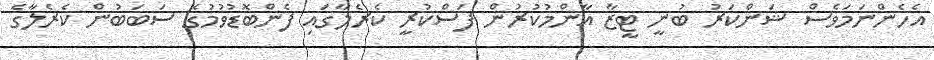
އެހެންނަމަވެސް ޝަންކަރު ބުނީ ޓީޒާ އާންމުކުރުން ފަސްކުރީ ކެރެލާގައި ފެންބޮޑުވުމުގެ ސަބަބުން ކެރެލާގެ